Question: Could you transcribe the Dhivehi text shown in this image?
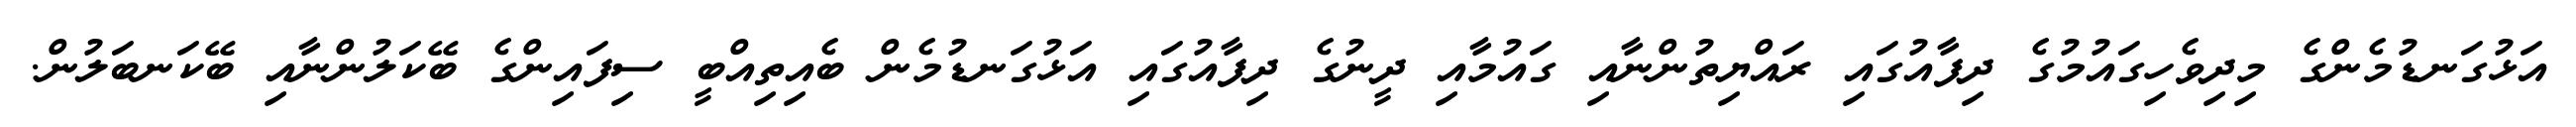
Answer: އަޅުގަނޑުމެންގެ މިދިވެހިގައުމުގެ ދިފާއުގައި ރައްޔިތުންނާއި ގައުމާއި ދީނުގެ ދިފާއުގައި އަޅުގަނޑުމެން ބެއިތިއްބީ ސިފައިންގެ ބޭކަލުންނާއި ބޭކަނބަލުން.